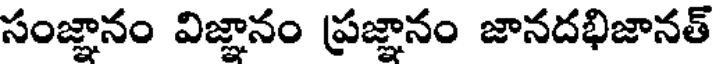
సంజ్ఞానం విజ్ఞానం ప్రజ్ఞానం జానదభిజానత్